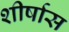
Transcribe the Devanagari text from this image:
शीर्षास